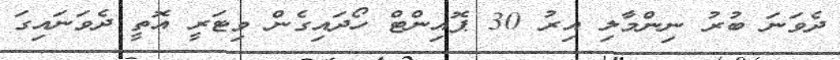
ދެވަނަ ބުރު ނިންމާލި އިރު 30 ޕޮއިންޓް ހޯދައިގެން ވިޓަރީ އޮތީ ދެވަނައިގަ